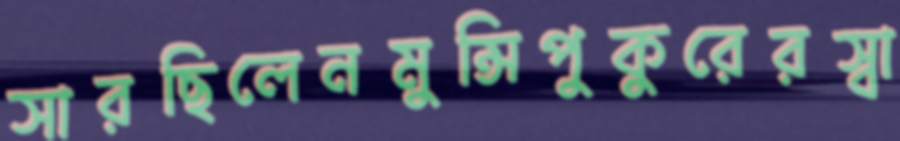
সারছিলেনমুন্সিপুকুরেরস্বা